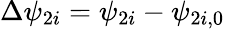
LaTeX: \Delta\psi_{2i}=\psi_{2i}-\psi_{2i,0}